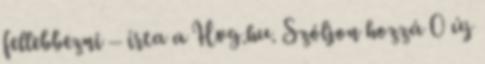
fellebbezni – írta a Hvg.hu. Szóljon hozzá 0 új